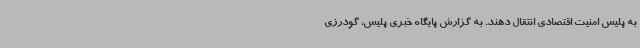
به پلیس امنیت اقتصادی انتقال دهند. به گزارش پایگاه خبری پلیس، گودرزی